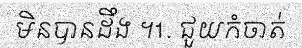
មិនបានដឹង ។1. ជួយកំចាត់